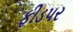
ફીડપર